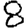
Digit: 8